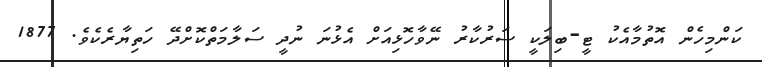
ކަންމިހެން އޮތުމާއެކު ޓީ-ބިލަކީ ސަރުކާރު ނޭވާހޮޅިއަށް އެޅުނަ ނުދީ ސަލާމަތްކޮށްދޭ ހަތިޔާރެކެވެ. 1877